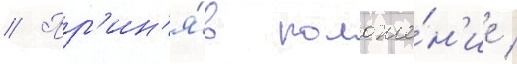
// Пр'ин'я́в положе́н'ие /